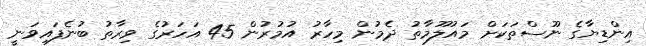
އިންޑިޔާގެ ނޫސްތަކަށް މައުލޫމާތު ދެމުން މިހާރު އުމުރުން 45 އަހަރުގެ ވިރާތު ބުނެފައިވަނީ